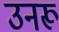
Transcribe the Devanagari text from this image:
उनरू